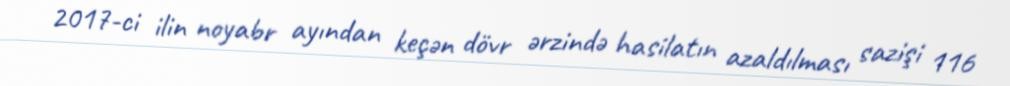
2017-ci ilin noyabr ayından keçən dövr ərzində hasilatın azaldılması sazişi 116